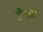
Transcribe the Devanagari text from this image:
डॅनचा